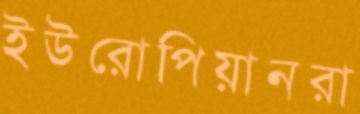
ইউরোপিয়ানরা